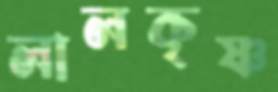
লালকৃষ্ণ